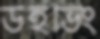
উইভিং